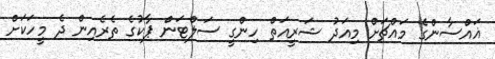
ޣައްސާންގެ މައްޗަށް މިއަދު ޝަރީއަތް ހިންގީ ސަލްޓަން ޕާކުގެ ތެރެއިން ދެ މީހަކަށް